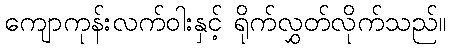
ကျောကုန်းလက်ဝါးနှင့် ရိုက်လွှတ်လိုက်သည်။